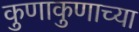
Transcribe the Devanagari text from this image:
कुणाकुणाच्या